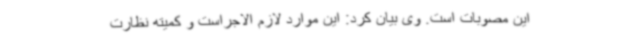
این مصوبات است. وی بیان کرد: این موارد لازم الاجراست و کمیته نظارت